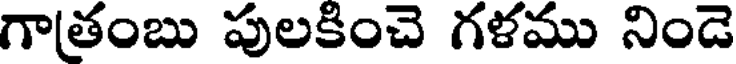
గాతంబు పులకించె గళము నిండె